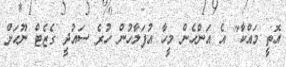
އޮތީ މައްކާ" އެ އަންހެން މީހާ އުފަލާހުން ހުރެ ސައުދީ ގެޒެޓް ނޫހަށް